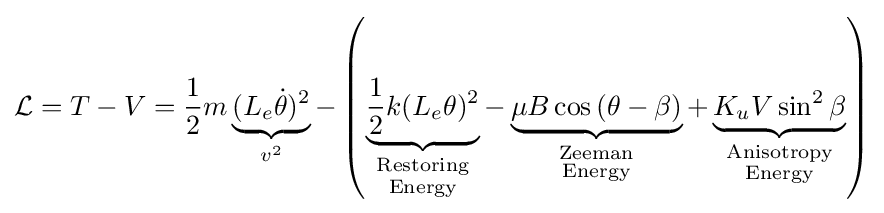
{\mathcal {L}}=T-V={\frac {1}{2}}m\underbrace {(L_{e}{\dot {\theta }})^{2}} _{v^{2}}-\left(\underbrace {{\frac {1}{2}}k(L_{e}\theta )^{2}} _{\begin{smallmatrix}{\text{Restoring}}\\{\text{Energy}}\end{smallmatrix}}-\underbrace {\mu B\cos {(\theta -\beta )}} _{\begin{smallmatrix}{\text{Zeeman}}\\{\text{Energy}}\end{smallmatrix}}+\underbrace {K_{u}V\sin ^{2}{\beta }} _{\begin{smallmatrix}{\text{Anisotropy}}\\{\text{Energy}}\end{smallmatrix}}\right)